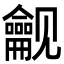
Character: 𬺟